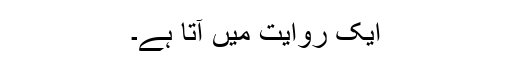
ایک روایت میں آتا ہے۔